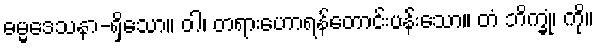
ဓမ္မဒေသနာ-ရှိသော။ ဝါ၊ တရားဟောရန်တောင်းပန်းသော။ တံ ဘိက္ခုံ၊ ကို။